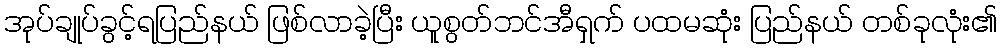
အုပ်ချုပ်ခွင့်ရပြည်နယ် ဖြစ်လာခဲ့ပြီး ယူစွတ်ဘင်အီရှက် ပထမဆုံး ပြည်နယ် တစ်ခုလုံး၏